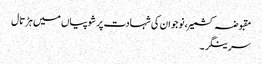
مقبوضہ کشمیر، نوجوان کی شہادت پر شوپیاں میں ہڑتال
سرینگر ۔